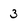
Character: 3